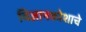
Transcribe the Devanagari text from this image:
विज्ञानकोशाचे